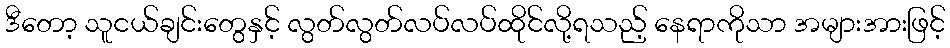
ဒီတော့ သူငယ်ချင်းတွေနှင့် လွတ်လွတ်လပ်လပ်ထိုင်လို့ရသည့် နေရာကိုသာ အများအားဖြင့်